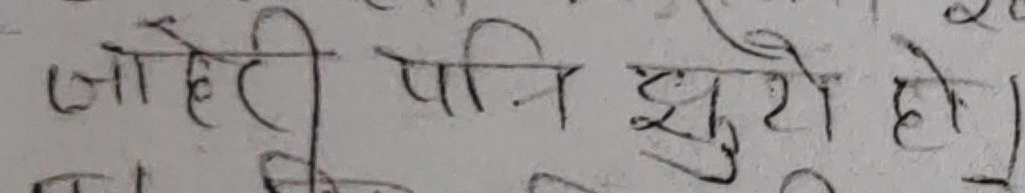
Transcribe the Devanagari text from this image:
जाहेरी पनि सुरु हो।